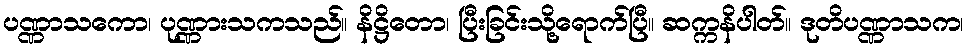
ပဏ္ဏာသကော၊ ပုဏ္ဏားသကသည်။ နိဋ္ဌိတော၊ ပြီးခြင်းသို့ရောက်ပြီ။ ဆက္ကနိပါတ်။ ဒုတိပဏ္ဏာသက၊